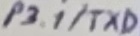
Text: P3.1/TXD